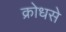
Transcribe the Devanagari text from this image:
क्रोधसे